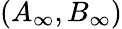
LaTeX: \left(A_{\infty},B_{\infty}\right)